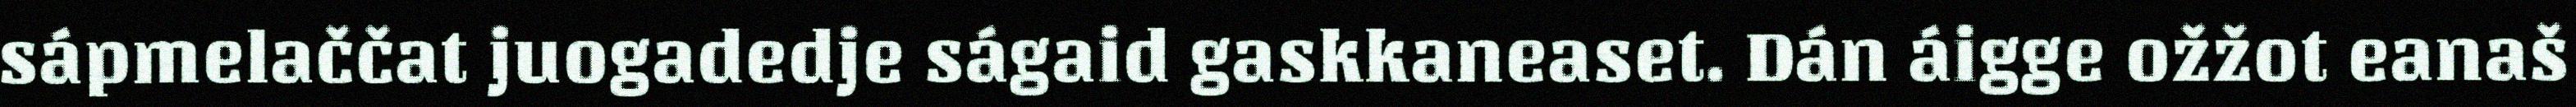
sápmelaččat juogadedje ságaid gaskkaneaset. Dán áigge ožžot eanaš